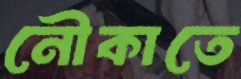
নৌকাতে